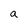
Character: a